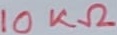
Text: 10KΩ